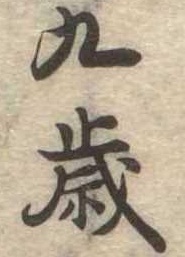
九歳